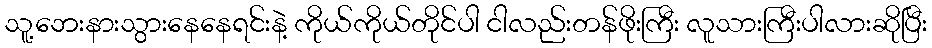
သူ့ဘေးနားသွားနေနေရင်းနဲ့ ကိုယ်ကိုယ်တိုင်ပါ ငါလည်းတန်ဖိုးကြီး လူသားကြီးပါလားဆိုပြီး